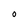
Character: 0